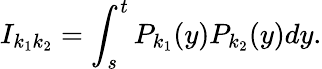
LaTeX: I_{k_{1}k_{2}}=\int_{s}^{t}P_{k_{1}}(y)P_{k_{2}}(y)dy.